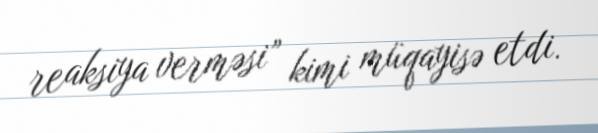
reaksiya verməsi” kimi müqayisə etdi.